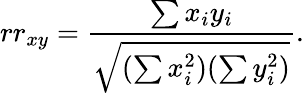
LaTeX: rr_{xy}={\frac{\sum x_{i}y_{i}}{\sqrt{(\sum x_{i}^{2})(\sum y_{i}^{2})}}}.